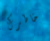
خاطرك